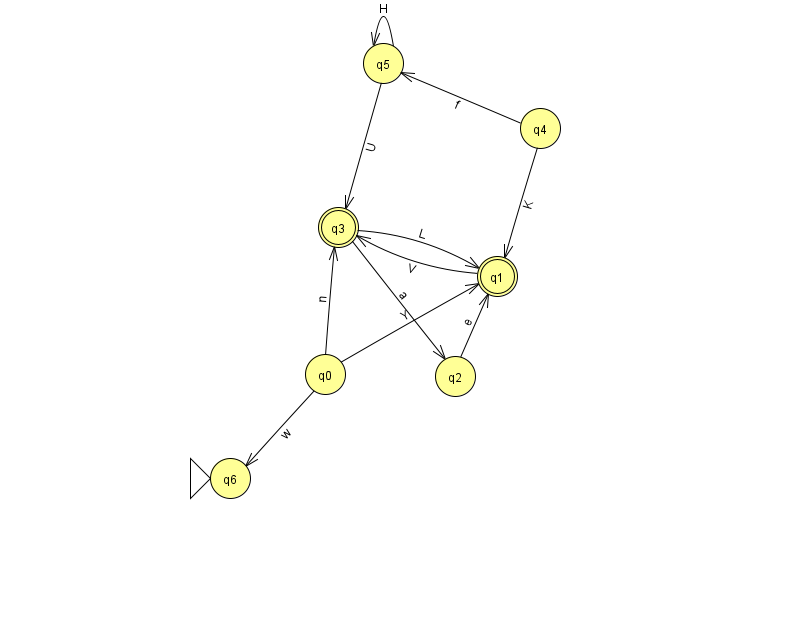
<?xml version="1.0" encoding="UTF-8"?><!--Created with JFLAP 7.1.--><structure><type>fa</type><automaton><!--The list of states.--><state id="0" name="q0"><x>325.0</x><y>361.0</y></state><state id="1" name="q1"><x>497.0</x><y>263.0</y><final/></state><state id="2" name="q2"><x>455.0</x><y>363.0</y></state><state id="3" name="q3"><x>338.0</x><y>214.0</y><final/></state><state id="4" name="q4"><x>540.0</x><y>115.0</y></state><state id="5" name="q5"><x>383.0</x><y>50.0</y></state><state id="6" name="q6"><x>230.0</x><y>465.0</y><initial/></state><!--The list of transitions.--><transition><from>3</from><to>2</to><read>a</read></transition><transition><from>4</from><to>1</to><read>K</read></transition><transition><from>0</from><to>6</to><read>w</read></transition><transition><from>1</from><to>3</to><read>V</read></transition><transition><from>2</from><to>1</to><read>e</read></transition><transition><from>4</from><to>5</to><read>f</read></transition><transition><from>5</from><to>5</to><read>H</read></transition><transition><from>0</from><to>3</to><read>n</read></transition><transition><from>5</from><to>3</to><read>U</read></transition><transition><from>0</from><to>1</to><read>Y</read></transition><transition><from>3</from><to>1</to><read>L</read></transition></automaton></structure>